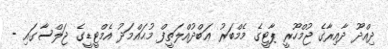
ދިއްދޫ ދާއިރާގެ ޖުމްހޫރީ ޕާޓީގެ މެމްބަރު ޢަބްދުއްލަތީފް މުޙައްމަދު އެމްޓީޑީގެ ޖަލްސާގައި -